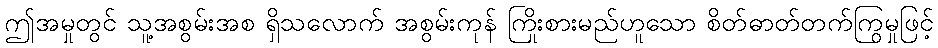
ဤအမှုတွင် သူ့အစွမ်းအစ ရှိသလောက် အစွမ်းကုန် ကြိုးစားမည်ဟူသော စိတ်ဓာတ်တက်ကြွမှုဖြင့်